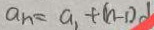
a _ { n } = a _ { 1 } + ( n - 1 ) d